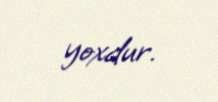
yoxdur.